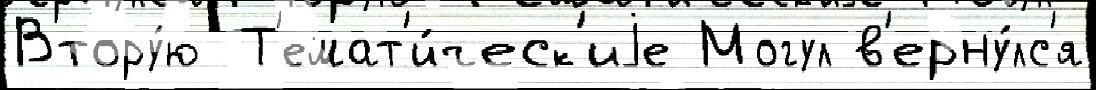
Втору́ю Т'емат'и́ческ'иjе Могул в'ерну́лс'я